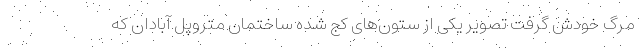
مرگ خودش گرفت تصویر یکی از ستون‌های کج شده ساختمان متروپل آبادان که